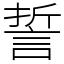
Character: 誓